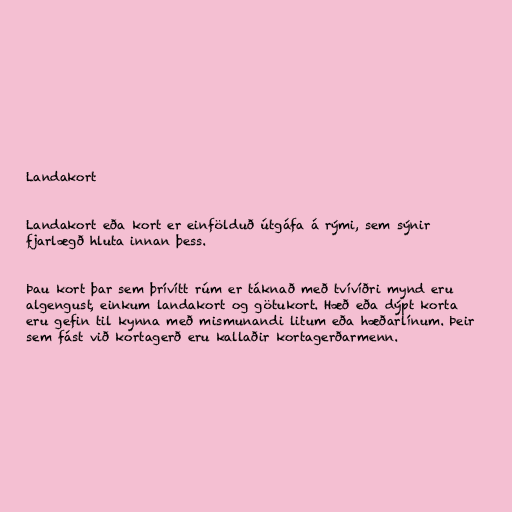
Landakort

Landakort eða kort er einfölduð útgáfa á rými, sem sýnir
fjarlægð hluta innan þess.

Þau kort þar sem þrívítt rúm er táknað með tvívíðri mynd eru
algengust, einkum landakort og götukort. Hæð eða dýpt korta
eru gefin til kynna með mismunandi litum eða hæðarlínum. Þeir
sem fást við kortagerð eru kallaðir kortagerðarmenn.